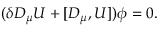
( \delta D _ { \mu } U + [ D _ { \mu } , U ] ) \phi = 0 .